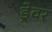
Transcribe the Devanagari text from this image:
ड्रेवर